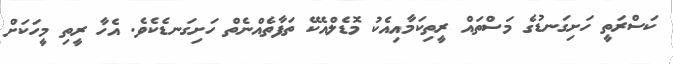
ކަސްރަތީ ހަށިގަނޑުގެ މަސްތައް ރީތިކަމާއިއެކު މޮޑެލްއެކޭ ތަފާތެއްނެތް ހަށިގަނޑެކެވެ. އެހާ ރީތި މީހަކަށް